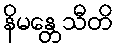
နိမန္တေသီတိ